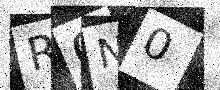
Text: R0N0